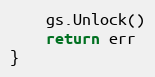
Language: Go
	gs.Unlock()
	return err
}